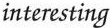
interesting